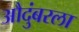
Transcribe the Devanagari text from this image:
औदुंबरला